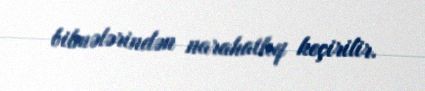
bilmələrindən narahatlıq keçirilir.